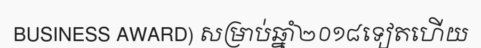
BUSINESS AWARD) សម្រាប់ឆ្នាំ២០១៨ទៀតហើយ